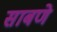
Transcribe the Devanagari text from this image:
साबणे